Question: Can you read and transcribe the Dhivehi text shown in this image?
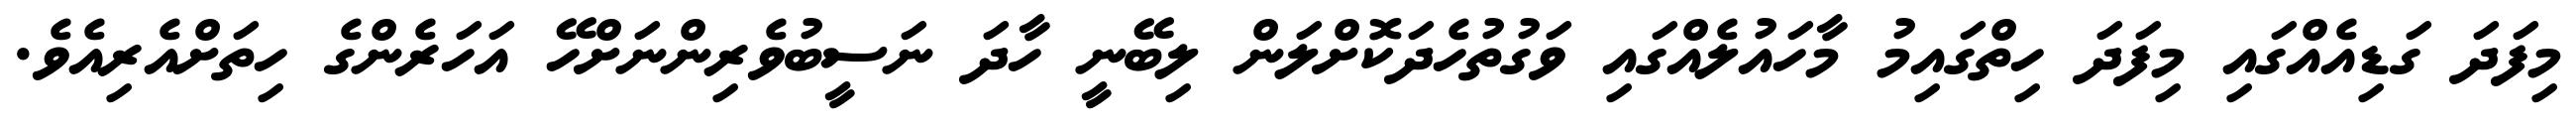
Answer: މިފަދަ ގަޑިއެއްގައި މިފަދަ ހިތްގައިމު މާހައުލެއްގައި ވަގުތުހެދަކޮށްލަން ލިބޭނީ ހާދަ ނަސީބުވެރިންނަށްހޭ އަހަރެންގެ ހިތަށްއެރިއެވެ.